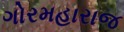
ગોરમહારાજ